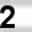
Digit: 2